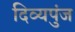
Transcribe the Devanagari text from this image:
दिव्यपुंज